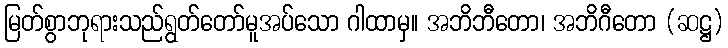
မြတ်စွာဘုရားသည်ရွတ်တော်မူအပ်သော ဂါထာမှ။ အဘိဘီတော၊ အဘိဂီတော (ဆဋ္ဌ)